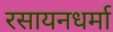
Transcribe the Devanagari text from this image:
रसायनधर्मा